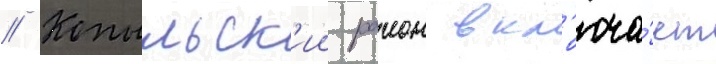
// Копыльск'ии раион вкл'юча́ет